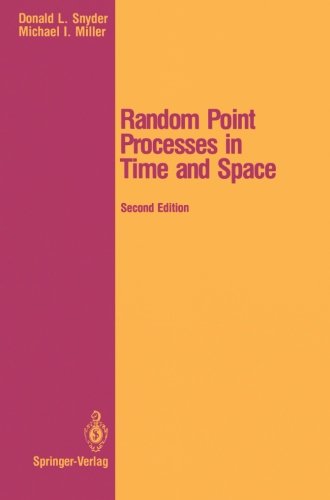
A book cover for Random Point Processes in Time and Space (Springer Texts in Electrical Engineering); Donald L. Snyder; Science & Math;